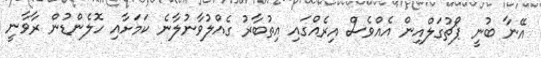
އޭނާ ބުނީ ޕޯޗުގަލްއިން އެއްވެސް އިރެއްގައި އިތުބާރު ގެއްލުވާނުލާނެ ކަމަށާއި ހޮލެންޑުން ރާވާނީ